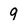
Character: 9